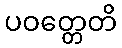
ပဝတ္တေတိ